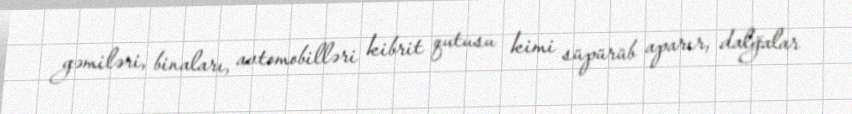
gəmiləri, binaları, avtomobilləri kibrit qutusu kimi süpürüb aparır, dalğalar